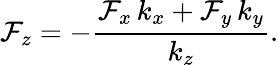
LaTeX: \mathcal{F}_{z}=-\frac{\mathcal{F}_{x}\, k_{x}+\mathcal{F}_{y}\, k_{y}}{k_{z}}.